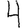
Digit: 4